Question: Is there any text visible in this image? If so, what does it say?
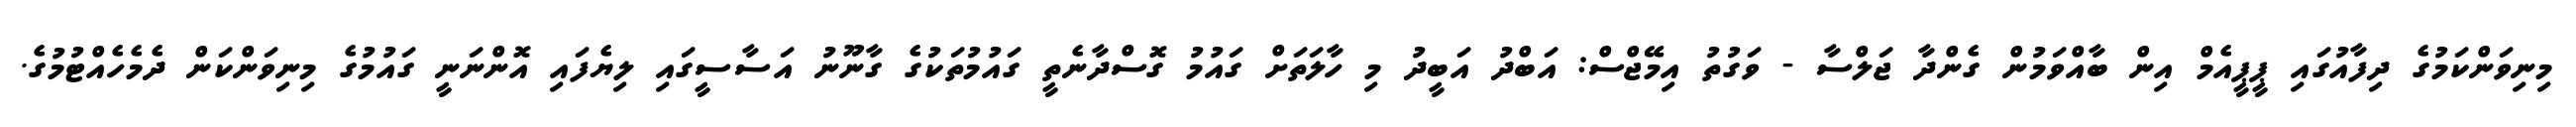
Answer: މިނިވަންކަމުގެ ދިފާއުގައި ޕީޕީއެމް އިން ބާއްވަމުން ގެންދާ ޖަލްސާ - ވަގުތު އިމޭޖްސް: އަބްދު އަބީދު މި ހާލަތަށް ގައުމު ގޮސްދާނެތީ ގައުމުތަކުގެ ގާނޫނު އަސާސީގައި ލިޔެފައި އޮންނަނީ ގައުމުގެ މިނިވަންކަން ދެމެހެއްޓުމުގެ.